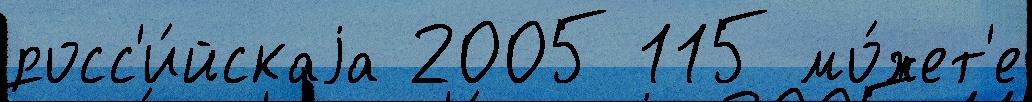
росс'и́йскаjа 2005 115 мо́жет'е